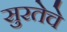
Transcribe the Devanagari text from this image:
सुरतेचे